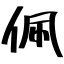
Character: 佩